Cholera in southern India
Disease focus: Cholera
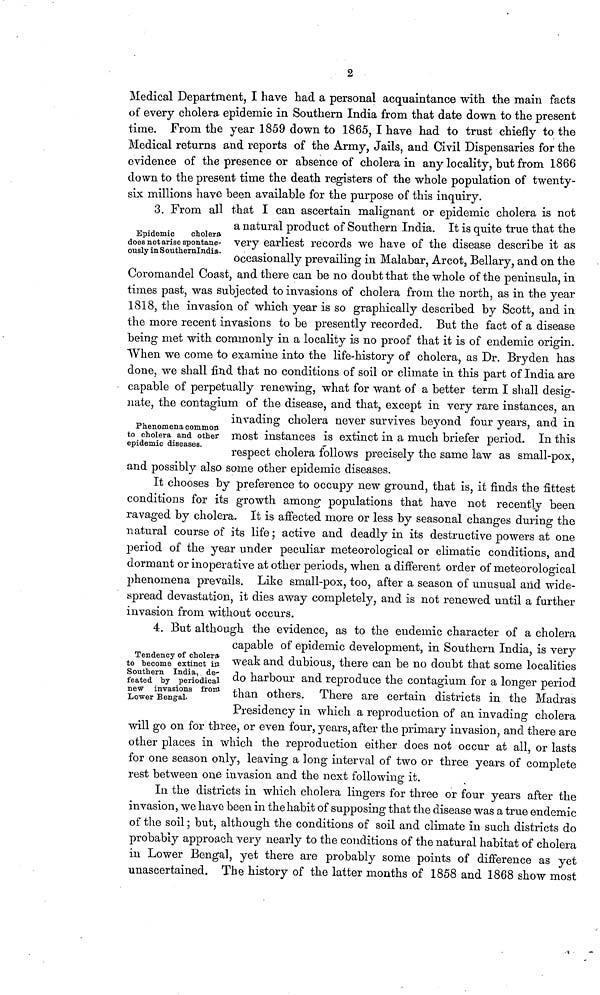
2
Medical Department, I have had a personal acquaintance with the main facts
of every cholera epidemic in Southern India from that date down to the present
time. From the year 1859 down to 1865, I have had to trust chiefly to the
Medical returns and reports of the Army, Jails, and Civil Dispensaries for the
evidence of the presence or absence of cholera in any locality, but from 1866
down to the present time the death registers of the whole population of twenty-
six millions have been available for the purpose of this inquiry.
Epidemic
cholera
does notarise spontane-
ously inSoutliernlndia-
3. From all that I can ascertain malignant or epidemic cholera is not
a natural product of Southern India. It is quite true that the
very earliest records we have of the disease describe it as
occasionally prevailing in Malabar, Arcot, Bellary, and on the
Coromandel Coast, and there can be no doubt that the whole of the peninsula, in
times past, was subjected to invasions of cholera from the north, as in the year
1818, the invasion of which year is so graphically described by Scott, and in
the more recent invasions to be presently recorded. But the fact of a disease
being met with commonly in a locality is no proof that it is of endemic origin.
When we come to examine into the life-history of cholera, as Dr. Bryden has
done, we shall find that no conditions of soil or climate in this part of India are
capable of perpetually renewing, what for want of a better term I shall desig-
nate, the contagium of the disease, and that, except in very rare instances, an
invading cholera never survives beyond four years, and in
most instances is extinct in a much briefer period. In this
respect cholera follows precisely the same law as small-pox,
and possibly also some other epidemic diseases.
Phenomena common
to cholera and other
epidemic diseases.
It chooses by preference to occupy new ground, that is, it finds the fittest
conditions for its growth among populations that have not recently been
ravaged by cholera. It is affected more or less by seasonal changes during the
natural course of its life ; active and deadly in its destructive powers at one
period of the year under peculiar meteorological or climatic conditions, and
dormant or inoperative at other periods, when a different order of meteorological
phenomena prevails. Like small-pox, too, after a season of unusual and wide-
spread devastation, it dies away completely, and is not renewed until a further
invasion from without occurs.
Tendency of cholera
to become extinct in
Southern India, de-
feated by periodical
new invasions from
Lower Bengal.
4. But although the evidence, as to the endemic character of a cholera
capable of epidemic development, in Southern India, is very
weak and dubious, there can be no doubt that some localities
do harbour and reproduce the contagium for a longer period
than others. There are certain districts in the Madras
Presidency in which a reproduction of an invading cholera
will go on for three, or even four, years, after the primary invasion, and there are
other places in which the reproduction either does not occur at all, or lasts
for one season only, leaving a long interval of two or three years of complete
rest between one invasion and the next following it.
In the districts in which cholera lingers for three or four years after the
invasion, we have been in the habit of supposing that the disease was a true endemic
of the soil ; but, although the conditions of soil and climate in such districts do
probably approach very nearly to the conditions of the natural habitat of cholera
in Lower Bengal, yet there are probably some points of difference as yet
unascertained. The history of the latter months of 1858 and 1868 show most